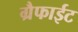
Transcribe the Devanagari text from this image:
ग्रैफाईट